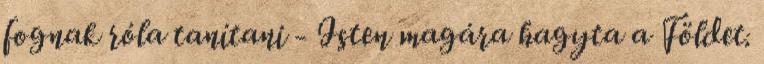
fognak róla tanítani - Isten magára hagyta a Földet.